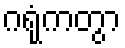
ဂရုံကတွာ